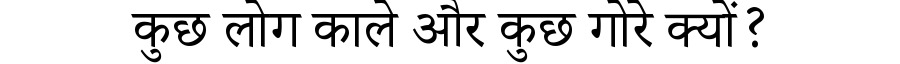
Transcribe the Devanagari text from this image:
कुछ लोग काले और कुछ गोरे क्यों?